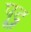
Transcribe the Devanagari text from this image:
पूदृ